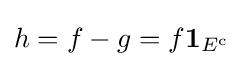
{\textstyle h=f-g=f\mathbf {1} _{E^{\mathrm {c} }}}